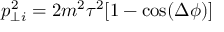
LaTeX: p _ { \perp i } ^ { 2 } = 2 m ^ { 2 } \tau ^ { 2 } [ 1 - \cos ( \Delta \phi ) ]